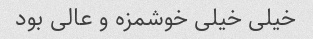
خیلی خیلی خوشمزه و عالی بود